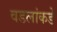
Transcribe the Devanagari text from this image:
वडलांकडे